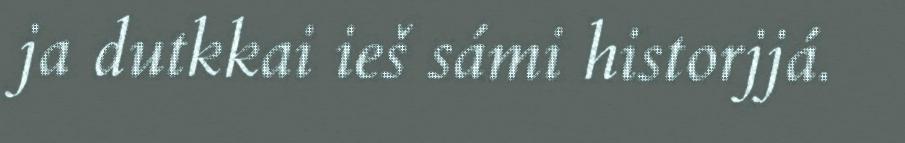
ja dutkkai ieš sámi historjjá.